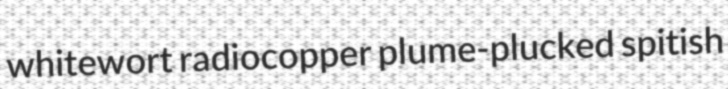
whitewort radiocopper plume-plucked spitish